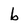
Character: b